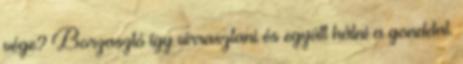
vége? Borzasztó így virrasztani és együtt hálni a gonddal.